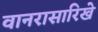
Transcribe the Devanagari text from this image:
वानरासारिखे